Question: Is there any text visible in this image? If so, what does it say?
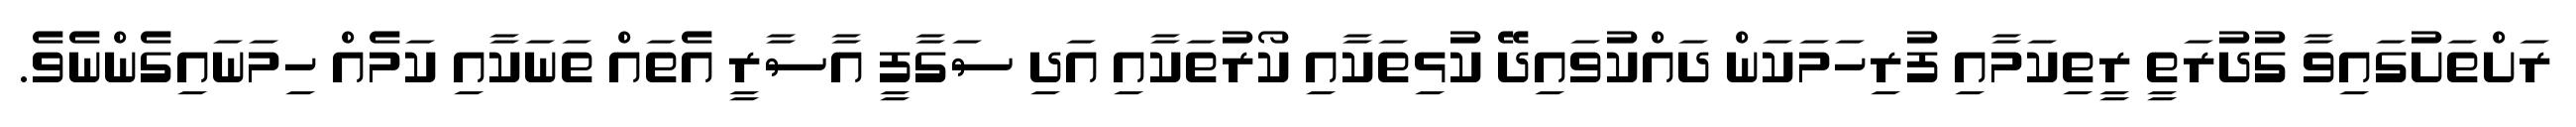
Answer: ރަށްތަށުގައިވާ ގުދުރަތީ ރީތިކަމާއި ފުރިހަމަކަން ދައްކުވައިދޭ ކުޅިތަކާއި ކޯރުތަކާއި އަދި ސަގާފީ އާސާރީ އެތައް ތަނަކާއި ކަމެއް ހިމަނައިގެންނެވެ.